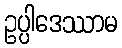
ဥပ္ပါဒေဿာမ